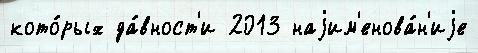
кото́рых да́вност'и 2013 наjим'енова́н'иjе